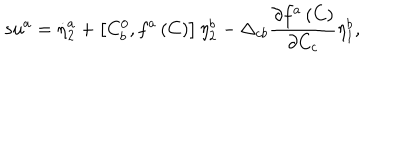
s u ^ { a } = \dot { \eta } _ { 2 } ^ { a } + \left[ C _ { b } ^ { 0 } , f ^ { a } \left( C \right) \right] \eta _ { 2 } ^ { b } - \Delta _ { c b } \frac { \partial f ^ { a } \left( C \right) } { \partial C _ { c } } \eta _ { 1 } ^ { b } ,